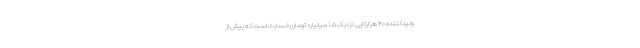
ولیدکننده ۴۰ هزارتایی نزدیک ۱.۵ میلیارد تومان خسارت است که بیش از